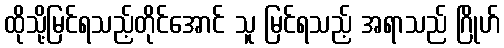
ထိုသို့မြင်ရသည့်တိုင်အောင် သူ မြင်ရသည့် အရာသည် ဂြိုဟ်